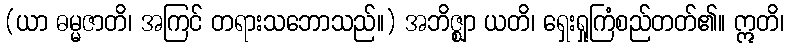
(ယာ ဓမ္မဇာတိ၊ အကြင် တရားသဘောသည်။) အဘိဇ္ဈာ ယတိ၊ ရှေးရှုကြံစည်တတ်၏။ ဣတိ၊